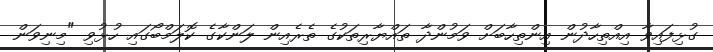
ގުޅިފައިވާ އިއްތިހާދުން އިންތިހާބަށް ވަމުންދާ ތައްޔާރިތަކުގެ ތެރެއިން ލަންކާގެ ކޮލަމްބޯގައި ހުޅުވި "މިނިވަން